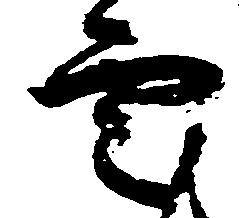
雲